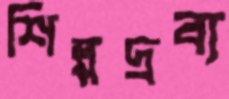
শিল্পদ্রব্য